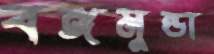
বঙ্গমুন্ডা